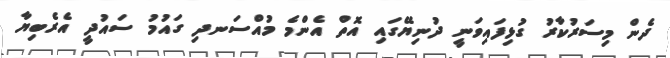
ދެން މިސަަރުކާރު ގުޅިފައިވަނީ ދުނިޔޭގައި އޮތް އެންމެ މުއްސަނދި ގައުމު ސައުދީ އެރެބިޔާ